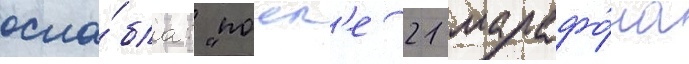
осла́бла: "посл'е 21 марафо́на